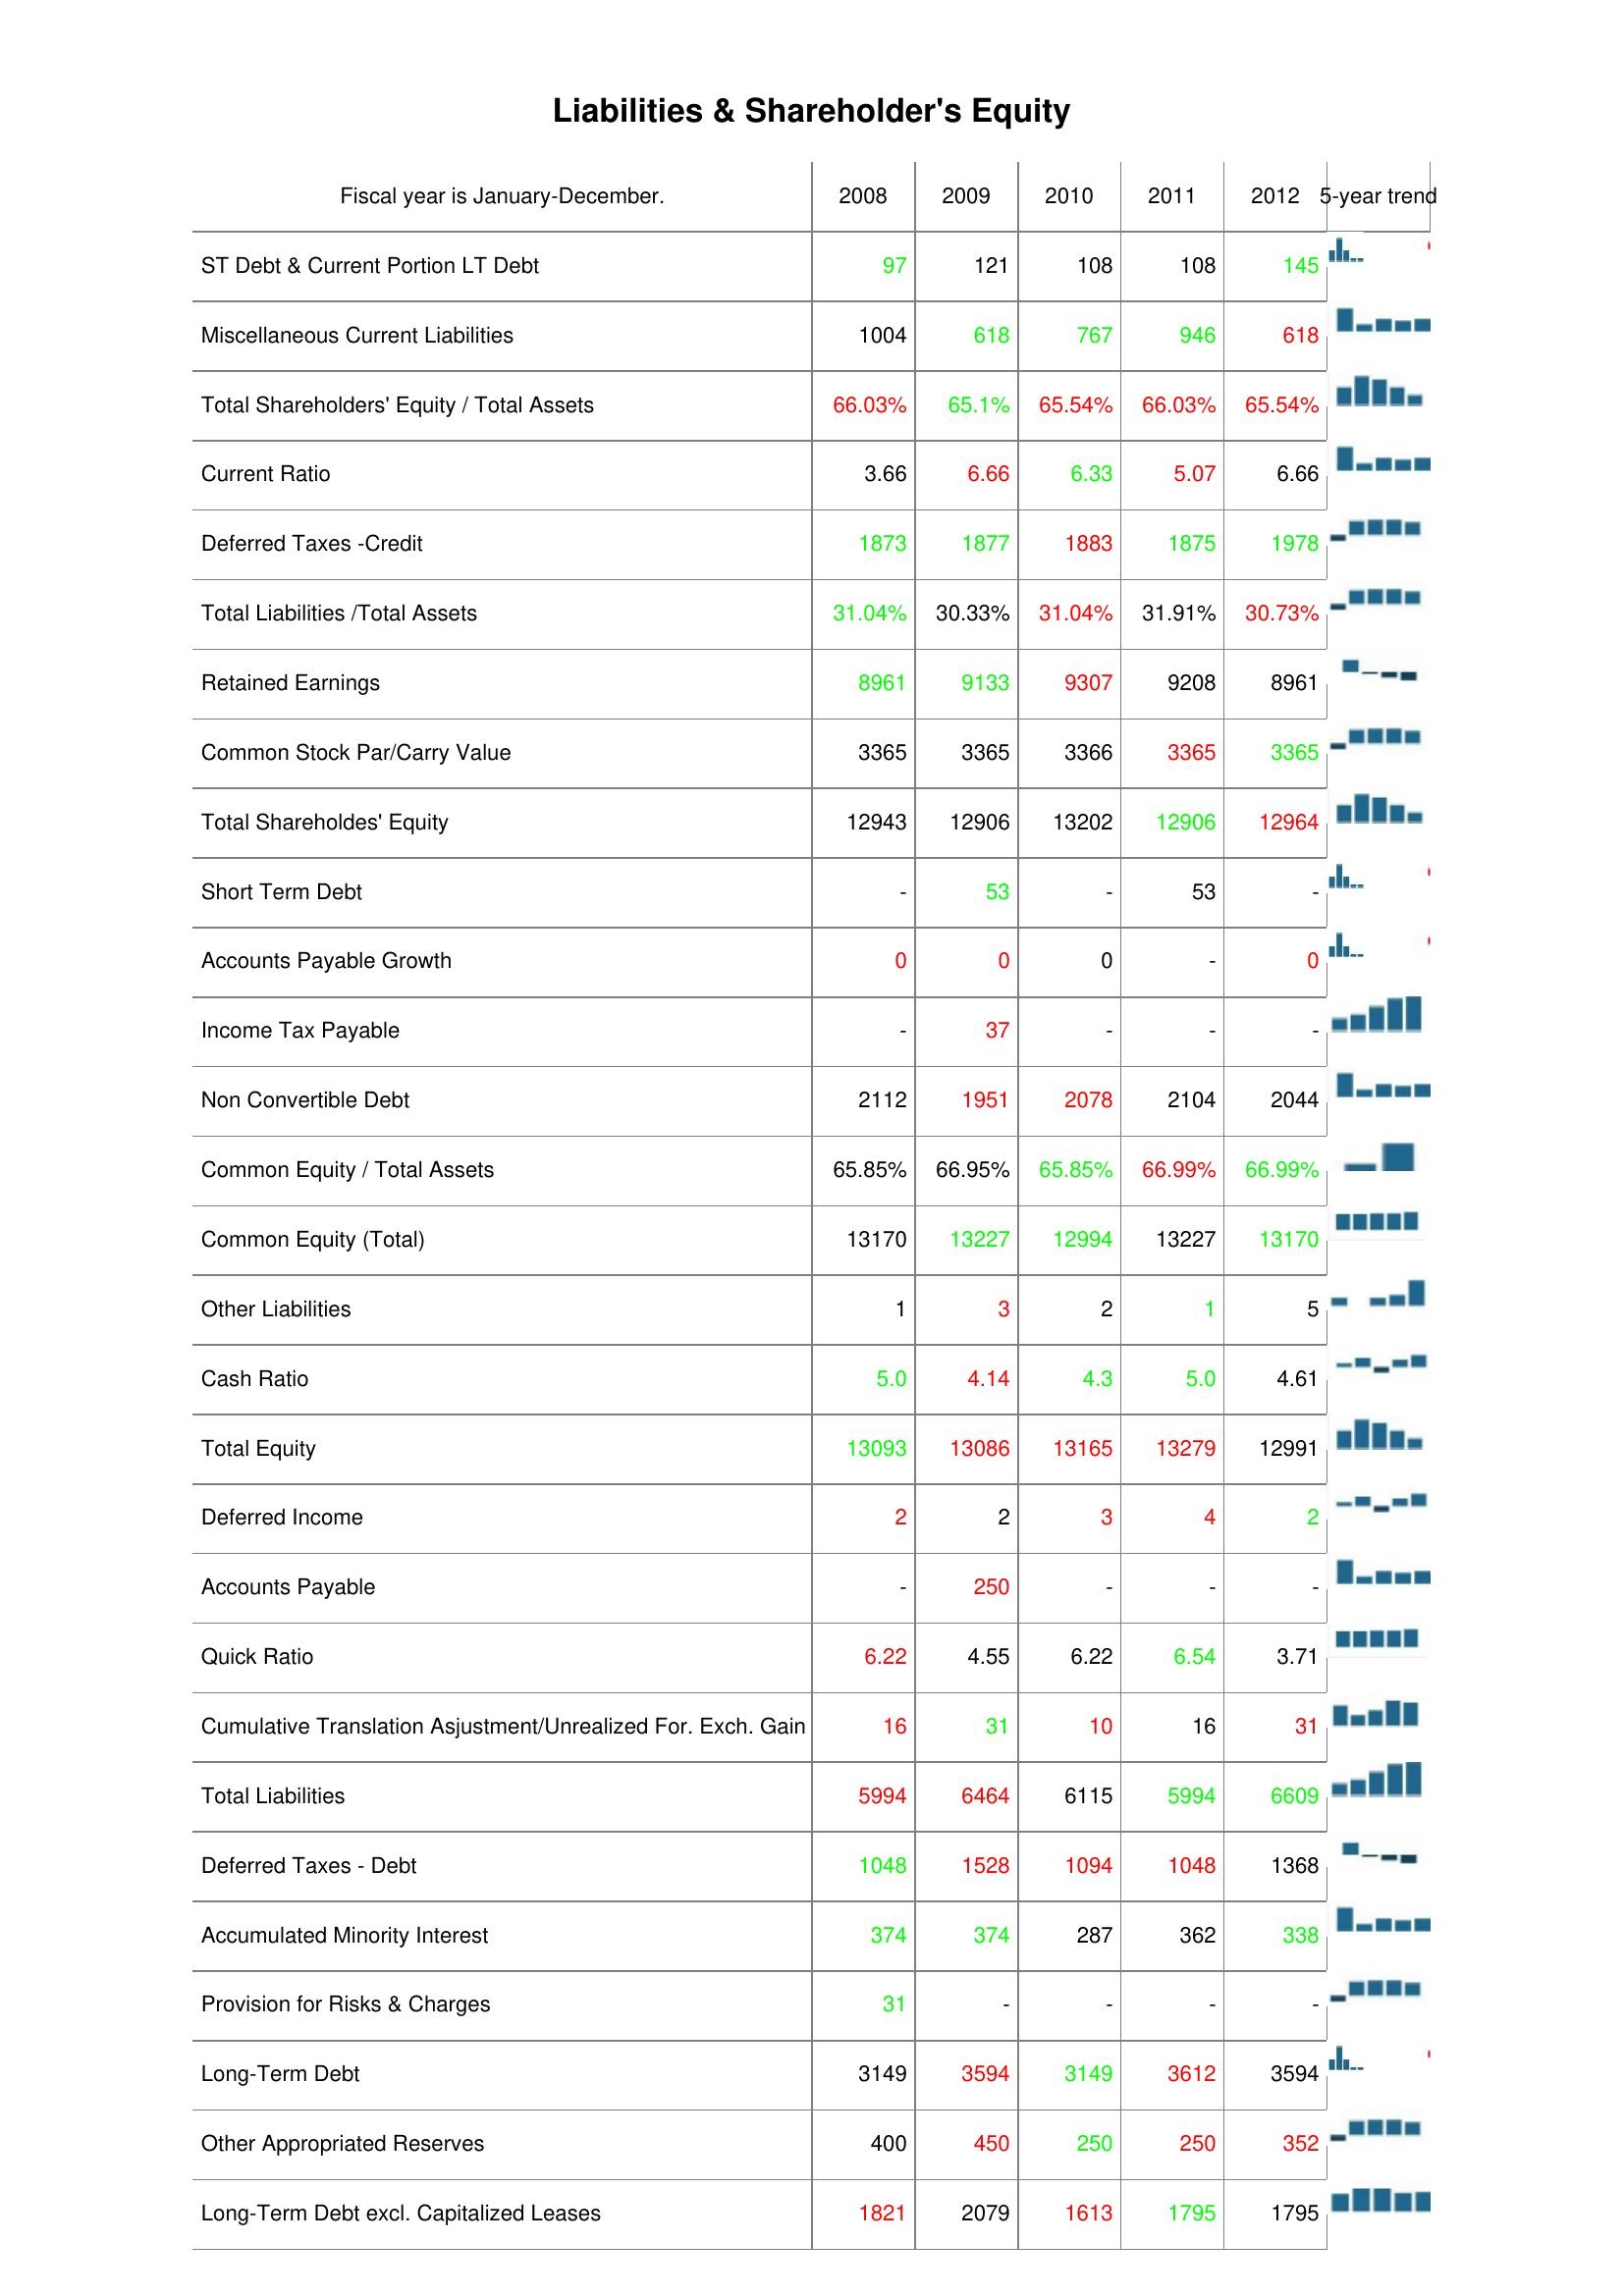
2008: Liabilities & Shareholder's Equity: ST Debt & Current Portion LT Debt: 97
Miscellaneous Current Liabilities: 1004
Total Shareholders' Equity / Total Assets: 66.03%
Current Ratio: 3.66
Deferred Taxes -Credit: 1873
Total Liabilities /Total Assets: 31.04%
Retained Earnings: 8961
Common Stock Par/Carry Value: 3365
Total Shareholdes' Equity: 12943
Short Term Debt: -
Accounts Payable Growth: 0
Income Tax Payable: -
Non Convertible Debt: 2112
Common Equity / Total Assets: 65.85%
Common Equity (Total): 13170
Other Liabilities: 1
Cash Ratio: 5.0
Total Equity: 13093
Deferred Income: 2
Accounts Payable: -
Quick Ratio: 6.22
Cumulative Translation Asjustment/Unrealized For. Exch. Gain: 16
Total Liabilities: 5994
Deferred Taxes - Debt: 1048
Accumulated Minority Interest: 374
Provision for Risks & Charges: 31
Long-Term Debt: 3149
Other Appropriated Reserves: 400
Long-Term Debt excl. Capitalized Leases: 1821
2009: Liabilities & Shareholder's Equity: ST Debt & Current Portion LT Debt: 121
Miscellaneous Current Liabilities: 618
Total Shareholders' Equity / Total Assets: 65.1%
Current Ratio: 6.66
Deferred Taxes -Credit: 1877
Total Liabilities /Total Assets: 30.33%
Retained Earnings: 9133
Common Stock Par/Carry Value: 3365
Total Shareholdes' Equity: 12906
Short Term Debt: 53
Accounts Payable Growth: 0
Income Tax Payable: 37
Non Convertible Debt: 1951
Common Equity / Total Assets: 66.95%
Common Equity (Total): 13227
Other Liabilities: 3
Cash Ratio: 4.14
Total Equity: 13086
Deferred Income: 2
Accounts Payable: 250
Quick Ratio: 4.55
Cumulative Translation Asjustment/Unrealized For. Exch. Gain: 31
Total Liabilities: 6464
Deferred Taxes - Debt: 1528
Accumulated Minority Interest: 374
Provision for Risks & Charges: -
Long-Term Debt: 3594
Other Appropriated Reserves: 450
Long-Term Debt excl. Capitalized Leases: 2079
2010: Liabilities & Shareholder's Equity: ST Debt & Current Portion LT Debt: 108
Miscellaneous Current Liabilities: 767
Total Shareholders' Equity / Total Assets: 65.54%
Current Ratio: 6.33
Deferred Taxes -Credit: 1883
Total Liabilities /Total Assets: 31.04%
Retained Earnings: 9307
Common Stock Par/Carry Value: 3366
Total Shareholdes' Equity: 13202
Short Term Debt: -
Accounts Payable Growth: 0
Income Tax Payable: -
Non Convertible Debt: 2078
Common Equity / Total Assets: 65.85%
Common Equity (Total): 12994
Other Liabilities: 2
Cash Ratio: 4.3
Total Equity: 13165
Deferred Income: 3
Accounts Payable: -
Quick Ratio: 6.22
Cumulative Translation Asjustment/Unrealized For. Exch. Gain: 10
Total Liabilities: 6115
Deferred Taxes - Debt: 1094
Accumulated Minority Interest: 287
Provision for Risks & Charges: -
Long-Term Debt: 3149
Other Appropriated Reserves: 250
Long-Term Debt excl. Capitalized Leases: 1613
2011: Liabilities & Shareholder's Equity: ST Debt & Current Portion LT Debt: 108
Miscellaneous Current Liabilities: 946
Total Shareholders' Equity / Total Assets: 66.03%
Current Ratio: 5.07
Deferred Taxes -Credit: 1875
Total Liabilities /Total Assets: 31.91%
Retained Earnings: 9208
Common Stock Par/Carry Value: 3365
Total Shareholdes' Equity: 12906
Short Term Debt: 53
Accounts Payable Growth: -
Income Tax Payable: -
Non Convertible Debt: 2104
Common Equity / Total Assets: 66.99%
Common Equity (Total): 13227
Other Liabilities: 1
Cash Ratio: 5.0
Total Equity: 13279
Deferred Income: 4
Accounts Payable: -
Quick Ratio: 6.54
Cumulative Translation Asjustment/Unrealized For. Exch. Gain: 16
Total Liabilities: 5994
Deferred Taxes - Debt: 1048
Accumulated Minority Interest: 362
Provision for Risks & Charges: -
Long-Term Debt: 3612
Other Appropriated Reserves: 250
Long-Term Debt excl. Capitalized Leases: 1795
2012: Liabilities & Shareholder's Equity: ST Debt & Current Portion LT Debt: 145
Miscellaneous Current Liabilities: 618
Total Shareholders' Equity / Total Assets: 65.54%
Current Ratio: 6.66
Deferred Taxes -Credit: 1978
Total Liabilities /Total Assets: 30.73%
Retained Earnings: 8961
Common Stock Par/Carry Value: 3365
Total Shareholdes' Equity: 12964
Short Term Debt: -
Accounts Payable Growth: 0
Income Tax Payable: -
Non Convertible Debt: 2044
Common Equity / Total Assets: 66.99%
Common Equity (Total): 13170
Other Liabilities: 5
Cash Ratio: 4.61
Total Equity: 12991
Deferred Income: 2
Accounts Payable: -
Quick Ratio: 3.71
Cumulative Translation Asjustment/Unrealized For. Exch. Gain: 31
Total Liabilities: 6609
Deferred Taxes - Debt: 1368
Accumulated Minority Interest: 338
Provision for Risks & Charges: -
Long-Term Debt: 3594
Other Appropriated Reserves: 352
Long-Term Debt excl. Capitalized Leases: 1795